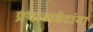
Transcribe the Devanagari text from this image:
प्रवाळबेटांना